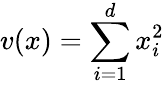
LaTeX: v(x)=\sum_{i=1}^{d}x_{i}^{2}